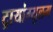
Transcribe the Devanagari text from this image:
ट्रायांग्युलम